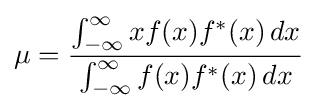
\mu ={\frac {\int _{-\infty }^{\infty }xf(x)f^{*}(x)\,dx}{\int _{-\infty }^{\infty }f(x)f^{*}(x)\,dx}}